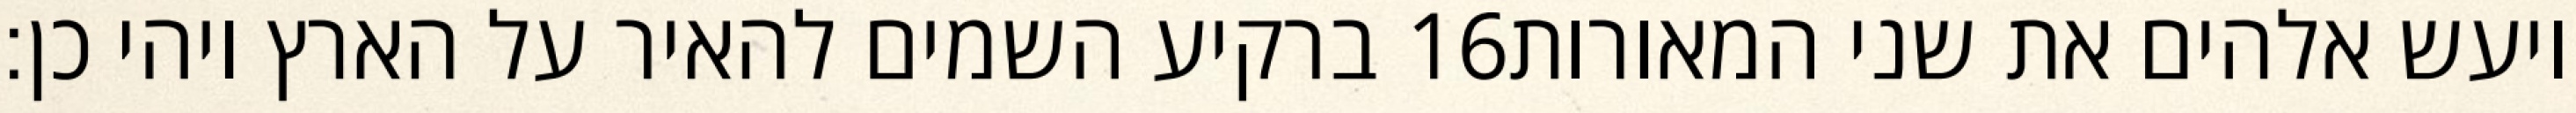
ברקיע השמים להאיר על הארץ ויהי כן׃ ‎16‏ ויעש אלהים את שני המאורות